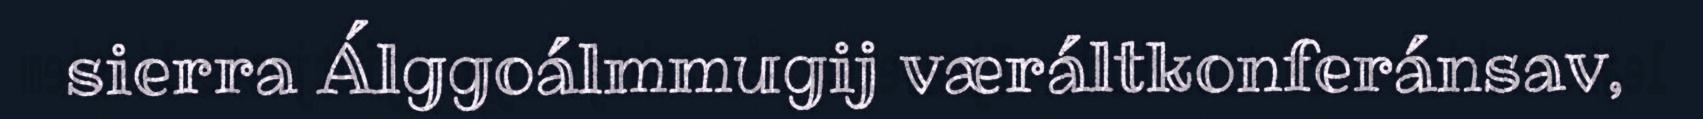
sierra Álggoálmmugij væráltkonferánsav,